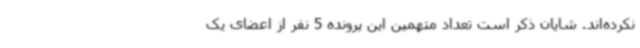
نکرده‌اند. شایان ذکر است تعداد متهمین این پرونده 5 نفر از اعضای یک